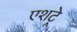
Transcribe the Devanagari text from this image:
एशट्रे